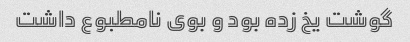
گوشت یخ زده بود و بوی نامطبوع داشت